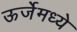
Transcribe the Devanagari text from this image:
ऊर्जेमध्ये